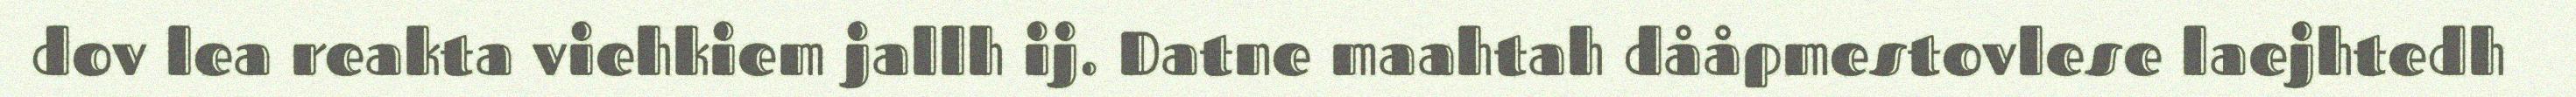
dov lea reakta viehkiem jallh ij. Datne maahtah dååpmestovlese laejhtedh